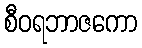
စီဝရဘာဇကော